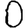
Digit: 0